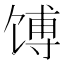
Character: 馎